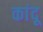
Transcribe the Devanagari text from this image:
कांदू